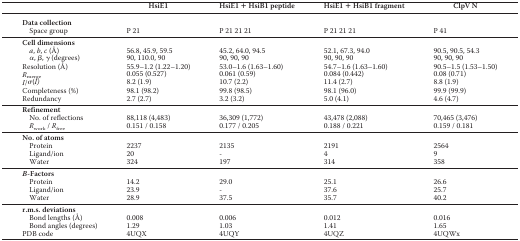
<table><thead><tr><td></td><td><b>HsiE1</b></td><td><b>HsiE1 + HsiB1 peptide</b></td><td><b>HsiE1 + HsiB1 fragment</b></td><td><b>ClpV N</b></td></tr></thead><tbody><tr><td><b>Data collection</b></td><td></td><td></td><td></td><td></td></tr><tr><td>Space group</td><td>P 21</td><td>P 21 21 21</td><td>P 21 21 21</td><td>P 41</td></tr><tr><td><b>Cell dimensions</b></td><td></td><td></td><td></td><td></td></tr><tr><td><i>a</i>, <i>b</i>, <i>c</i> (Å)</td><td>56.8, 45.9, 59.5</td><td>45.2, 64.0, 94.5</td><td>52.1, 67.3, 94.0</td><td>90.5, 90.5, 54.3</td></tr><tr><td>α, β, γ (degrees)</td><td>90, 110.0, 90</td><td>90, 90, 90</td><td>90, 90, 90</td><td>90, 90, 90</td></tr><tr><td>Resolution (Å)</td><td>55.9–1.2 (1.22–1.20)</td><td>53.0–1.6 (1.63–1.60)</td><td>54.7–1.6 (1.63–1.60)</td><td>90.5–1.5 (1.53–1.50)</td></tr><tr><td><i>R</i><sub>merge</sub></td><td>0.055 (0.527)</td><td>0.061 (0.59)</td><td>0.084 (0.442)</td><td>0.08 (0.71)</td></tr><tr><td><i>I</i>/σ(<i>I)</i></td><td>8.2 (1.9)</td><td>10.7 (2.2)</td><td>11.4 (2.7)</td><td>8.8 (1.9)</td></tr><tr><td>Completeness (%)</td><td>98.1 (98.2)</td><td>99.8 (98.5)</td><td>98.1 (96.0)</td><td>99.9 (99.9)</td></tr><tr><td>Redundancy</td><td>2.7 (2.7)</td><td>3.2 (3.2)</td><td>5.0 (4.1)</td><td>4.6 (4.7)</td></tr><tr><td><b>Refinement</b></td><td></td><td></td><td></td><td></td></tr><tr><td>No. of reflections</td><td>88,118 (4,483)</td><td>36,309 (1,772)</td><td>43,478 (2,088)</td><td>70,465 (3,476)</td></tr><tr><td><i>R</i><sub>work</sub> / <i>R</i><sub>free</sub></td><td>0.151 / 0.158</td><td>0.177 / 0.205</td><td>0.188 / 0.221</td><td>0.159 / 0.181</td></tr><tr><td><b>No. of atoms</b></td><td></td><td></td><td></td><td></td></tr><tr><td>Protein</td><td>2237</td><td>2135</td><td>2191</td><td>2564</td></tr><tr><td>Ligand/ion</td><td>20</td><td>-</td><td>4</td><td>9</td></tr><tr><td>Water</td><td>324</td><td>197</td><td>314</td><td>358</td></tr><tr><td><b><i>B</i>-Factors</b></td><td></td><td></td><td></td><td></td></tr><tr><td>Protein</td><td>14.2</td><td>29.0</td><td>25.1</td><td>26.6</td></tr><tr><td>Ligand/ion</td><td>23.9</td><td>-</td><td>37.6</td><td>25.7</td></tr><tr><td>Water</td><td>28.9</td><td>37.5</td><td>35.7</td><td>40.2</td></tr><tr><td><b>r.m.s. deviations</b></td><td></td><td></td><td></td><td></td></tr><tr><td>Bond lengths (Å)</td><td>0.008</td><td>0.006</td><td>0.012</td><td>0.016</td></tr><tr><td>Bond angles (degrees)</td><td>1.29</td><td>1.03</td><td>1.41</td><td>1.65</td></tr><tr><td>PDB code</td><td>4UQX</td><td>4UQY</td><td>4UQZ</td><td>4UQWx</td></tr></tbody></table>